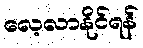
လေ့လာနိုင်ရန်